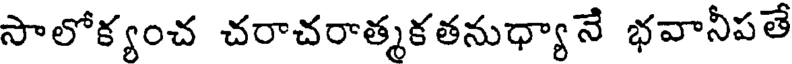
సాలోక్యంచ చరాచరాత్మకతనుధ్యానే భవానీపతే